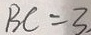
B C = 3